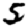
Digit: 5